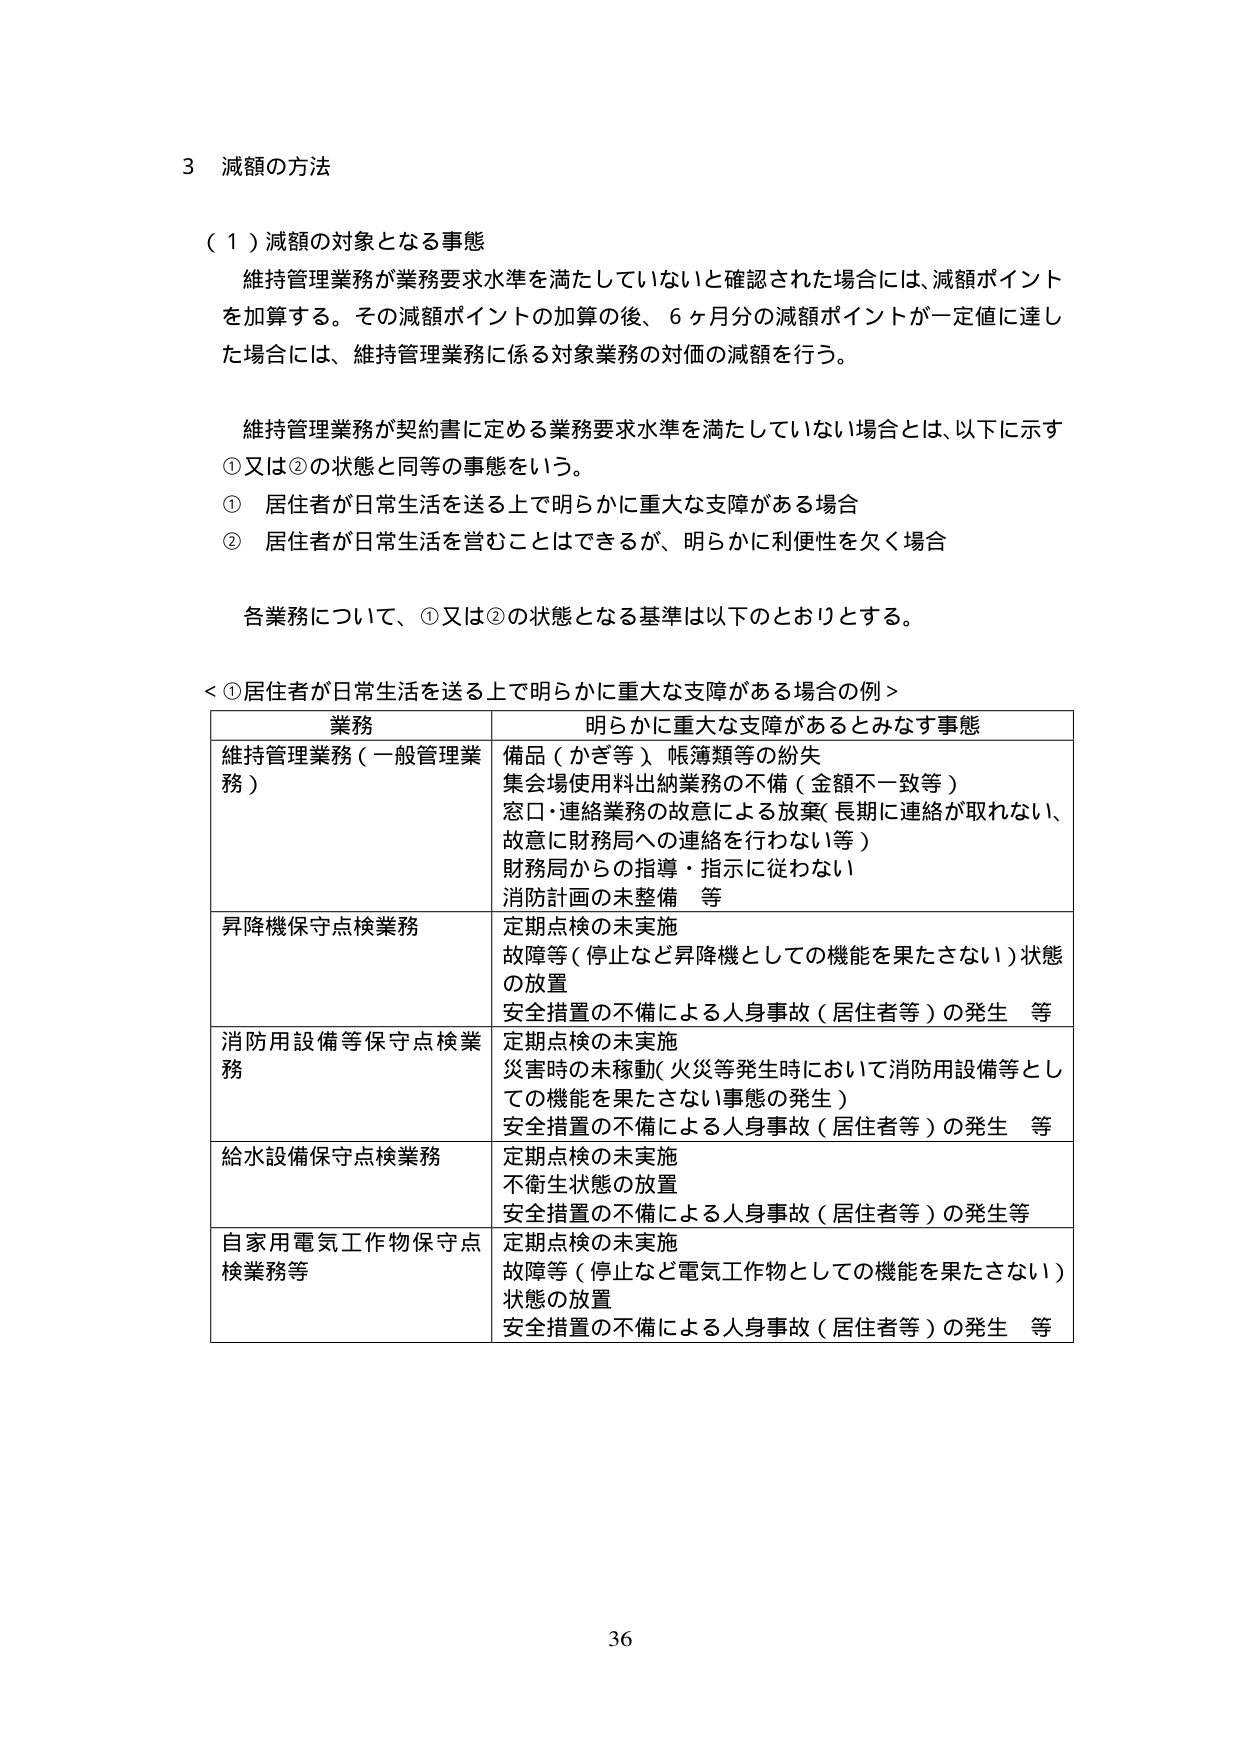
3 減額の方法

（１）減額の対象となる事態
維持管理業務が業務要求水準を満たしていないと確認された場合には、減額ポイントを加算する。その減額ポイントの加算の後、６ヶ月分の減額ポイントが一定値に達した場合には、維持管理業務に係る対象業務の対価の減額を行う。

維持管理業務が契約書に定める業務要求水準を満たしていない場合とは、以下に示す①又は②の状態と同等の事態をいう。
① 居住者が日常生活を送る上で明らかに重大な支障がある場合
② 居住者が日常生活を営むことはできるが、明らかに利便性を欠く場合

各業務について、①又は②の状態となる基準は以下のとおりとする。

＜①居住者が日常生活を送る上で明らかに重大な支障がある場合の例＞
業務 明らかに重大な支障があるとみなす事態
維持管理業務（一般管理業務） 備品（かぎ等）帳簿類等の紛失
集会場使用料出納業務の不備（金額不一致等）
窓口・連絡業務の故意による放棄（長期に連絡が取れない、故意に財務局への連絡を行わない等）
財務局からの指導・指示に従わない
消防計画の未整備 等
昇降機保守点検業務 定期点検の未実施
故障等（停止など昇降機としての機能を果たさない）状態の放置
安全措置の不備による人身事故（居住者等）の発生 等
消防用設備等保守点検業務 定期点検の未実施
災害時の未稼動（火災等発生時において消防用設備等としての機能を果たさない事態の発生）
安全措置の不備による人身事故（居住者等）の発生 等
給水設備保守点検業務 定期点検の未実施
不衛生状態の放置
安全措置の不備による人身事故（居住者等）の発生等
自家用電気工作物保守点検業務等 定期点検の未実施
故障等（停止など電気工作物としての機能を果たさない）状態の放置
安全措置の不備による人身事故（居住者等）の発生 等

36